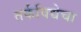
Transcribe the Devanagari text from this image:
तर्कविद्येचा